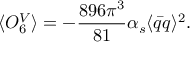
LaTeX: \langle { \cal O } _ { 6 } ^ { V } \rangle = - \frac { 8 9 6 \pi ^ { 3 } } { 8 1 } \alpha _ { s } \langle \bar { q } q \rangle ^ { 2 } .